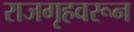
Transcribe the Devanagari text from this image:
राजगृहवरून